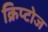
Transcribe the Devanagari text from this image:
क्रिप्टोज